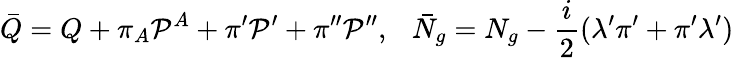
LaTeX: \bar{Q}=Q+\pi_{A}{\cal P}^{A}+\pi^{\prime}{\cal P}^{\prime}+\pi^{\prime\prime}{\cal P}^{\prime\prime},~~~\bar{N}_{g}=N_{g}-{\frac{i}{2}}(\lambda^{\prime}\pi^{\prime}+\pi^{\prime}\lambda^{\prime})